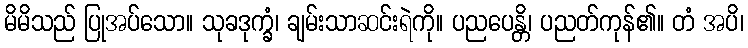
မိမိသည် ပြုအပ်သော။ သုခဒုက္ခံ၊ ချမ်းသာဆင်းရဲကို။ ပညပေန္တိ၊ ပညတ်ကုန်၏။ တံ အပိ၊